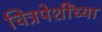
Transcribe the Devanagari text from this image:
चित्रपेशींच्या